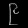
Digit: ၉